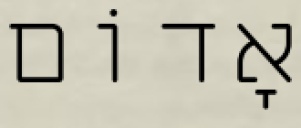
אָדוֹם